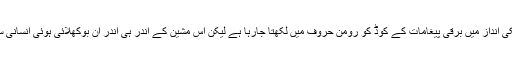
……..شیام بابو مشین کی طرح بے لاگ ہوکر میکانکی انداز میں برقی پیغامات کے کوڈ کو رومن حروف میں لکھتا جارہا ہے لیکن اس مشین کے اندر ہی اندر ان بوکھلائی ہوئی انسانی سوچوں کا تالاب بھر رہا ہے ……..کیا مضائقہ ہے ؟